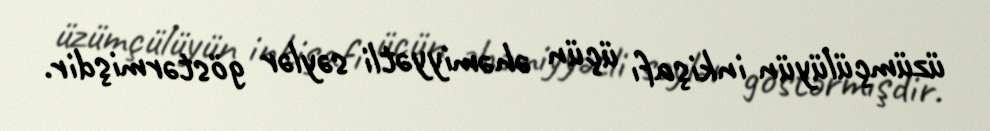
üzümçülüyün inkişafı üçün əhəmiyyətli səylər göstərmişdir.